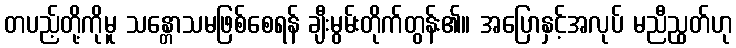
တပည့်တို့ကိုမူ သန္တောသမဖြစ်စေရန် ချီးမွမ်းတိုက်တွန်း၏။ အပြောနှင့်အလုပ် မညီညွတ်ဟု